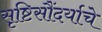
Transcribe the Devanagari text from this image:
सृष्टिसौंदर्याचे